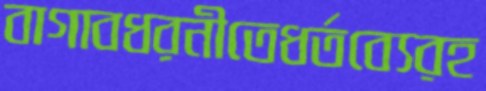
বাগাবধরনীতেধর্তব্যেরহ